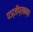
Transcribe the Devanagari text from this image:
पञ्जीप्रबन्ध